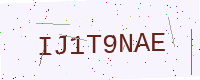
Text: IJ1T9NAE